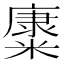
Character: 𱹜